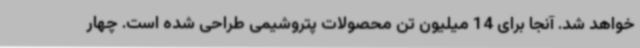
خواهد شد. آنجا برای 14 میلیون تن محصولات پتروشیمی طراحی شده است. چهار